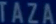
TAZA